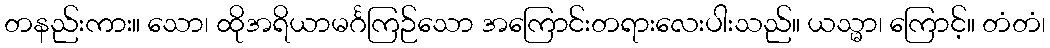
တနည်းကား။ သော၊ ထိုအရိယာမင်္ဂကြဉ်သော အကြောင်းတရားလေးပါးသည်။ ယသ္မာ၊ ကြောင့်။ တံတံ၊